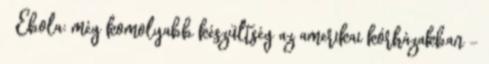
↑ Ebola: még komolyabb készültség az amerikai kórházakban –